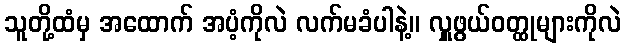
သူတို့ထံမှ အထောက် အပံ့ကိုလဲ လက်မခံပါနဲ့။ လှူဖွယ်ဝတ္ထုများကိုလဲ